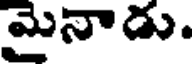
మైనాడు.